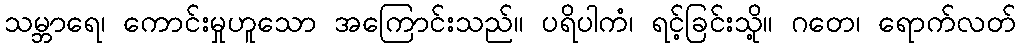
သမ္ဘာရေ၊ ကောင်းမှုဟူသော အကြောင်းသည်။ ပရိပါကံ၊ ရင့်ခြင်းသို့။ ဂတေ၊ ရောက်လတ်